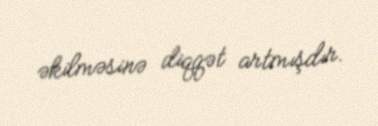
əkilməsinə diqqət artmışdır.